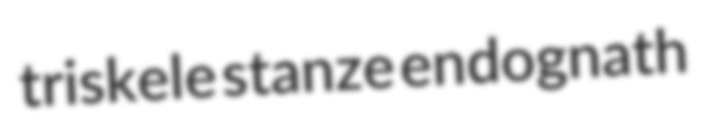
triskele stanze endognath